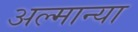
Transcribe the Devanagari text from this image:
अल्मान्या